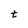
Character: t